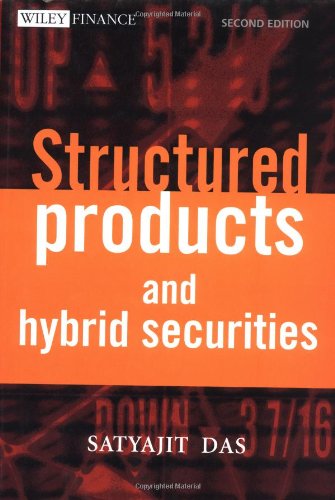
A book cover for Structured Products & Hybrid Securities (Wiley Frontiers in Finance); Satyajit Das; Business & Money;